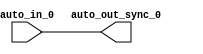
module IntSyncCrossingSource_4(
  input   auto_in_0,
  output  auto_out_sync_0
);
  assign auto_out_sync_0 = auto_in_0; // @[Nodes.scala 1210:84 LazyModule.scala 309:16]
endmodule